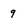
Character: 9